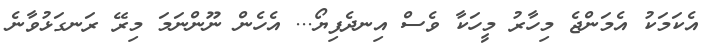
އެކަމަކު އެމަންޖެ މިހާރު މީހަކާ ވެސް އިނދެފިޔޯ... އެހެން ނޫންނަމަ މިރޭ ރަނގަޅުވާނެ